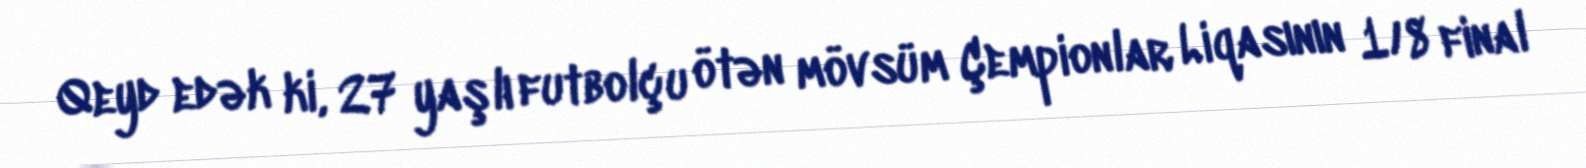
Qeyd edək ki, 27 yaşlı futbolçu ötən mövsüm Çempionlar Liqasının 1/8 final